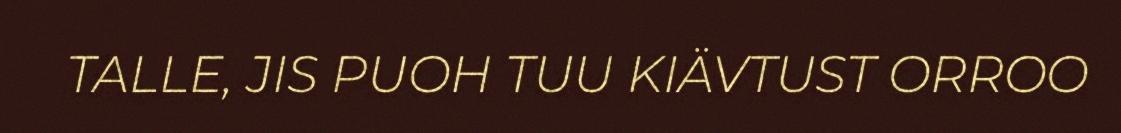
TALLE, JIS PUOH TUU KIÄVTUST ORROO